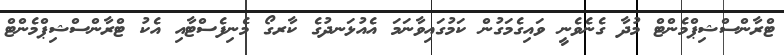
ޓްރާންސްޝިޕްމެންޓް މުދާ ގެނެވެނީ ވައިގެމަގުން ކަމުގައިވާނަމަ އެއުޅަނދުގެ ކާރގޯ މެނިފެސްޓާއި އެކު ޓްރާންސްޝިޕްމެންޓް